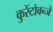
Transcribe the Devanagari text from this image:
कुरेंटोवन्जे